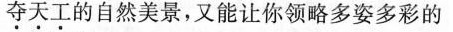
夺天工的自然美景，又能让你领略多姿多彩的